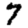
Digit: 7